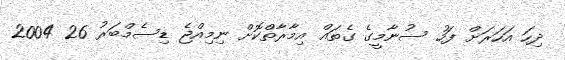
ދިހަ އަހަރަށް ފަހު ސުނާމީގެ ގެތައް އިމާރާތްކޮށް ނިމިއްޖެ ޑިސެމްބަރު 26 2004